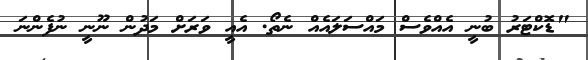
"ޑޮކްޓަރު ބުނީ އެއްވެސް މައްސަލައެއް ނެތޯ. އެއީ ވަރަށް މަދުން ނޫނީ ނުފެންނަ